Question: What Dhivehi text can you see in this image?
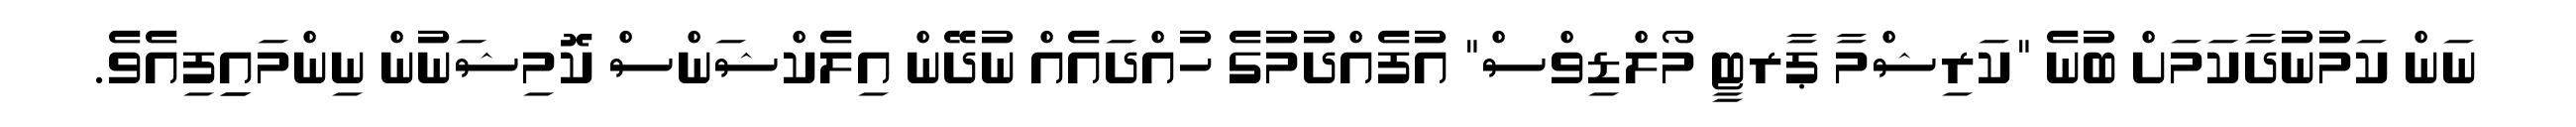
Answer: ނަން ކަމުނުދާކަމަށް ބުނެ "ކަރިޝްމާ ޕާރޓީ މޯލްޑިވްސް" އުފެއްދުމުގެ ހުއްދައެއް ނުދޭން އިލެކްޝަންސް ކޮމިޝަނުން ނިންމައިިފިއެވެ.